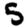
Digit: 5